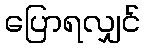
ပြောရလျှင်